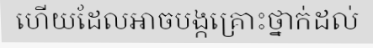
ហើយដែលអាចបង្កគ្រោះថ្នាក់ដល់